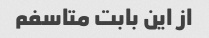
از این بابت متاسفم